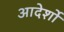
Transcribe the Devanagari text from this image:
आदेर्शों